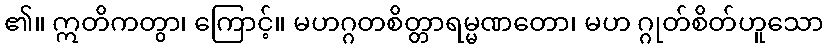
၏။ ဣတိကတွာ၊ ကြောင့်။ မဟဂ္ဂတစိတ္တာရမ္မဏတော၊ မဟ ဂ္ဂုတ်စိတ်ဟူသော